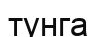
тунга